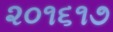
૨૦૧૬૧૭